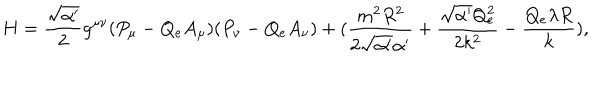
H = \frac { \sqrt { \alpha ^ { \prime } } } { 2 } g ^ { \mu \nu } ( P _ { \mu } - Q _ { e } A _ { \mu } ) ( P _ { \nu } - Q _ { e } A _ { \nu } ) + ( \frac { m ^ { 2 } R ^ { 2 } } { 2 \sqrt { \alpha ^ { \prime } } \alpha ^ { \prime } } + \frac { \sqrt { \alpha ^ { \prime } } Q _ { e } ^ { 2 } } { 2 k ^ { 2 } } - \frac { Q _ { e } \lambda R } { k } ) ,